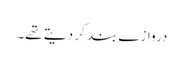
دروازے بند کر دیتے تھے۔